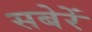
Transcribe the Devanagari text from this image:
सबेरें